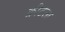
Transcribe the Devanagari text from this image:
क्रीटला